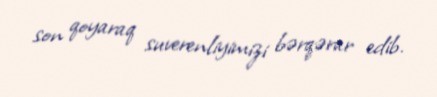
son qoyaraq suverenliyimizi bərqərar edib.